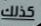
كذلك